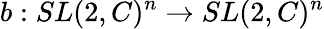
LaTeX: b:SL(2,C)^{n}\rightarrow SL(2,C)^{n}